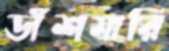
ডাঁশমারি